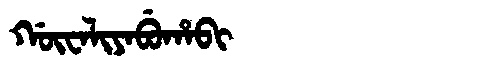
Manchu: ᡤᡡᠸᠠᠯᡳᠶᠠᠪᡠᡥᠠᠪᡳ
Romanization: GŪWALIYABUHABI